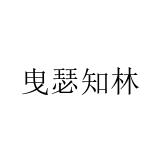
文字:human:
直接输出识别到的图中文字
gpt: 曳瑟知林